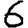
Digit: 6